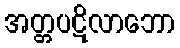
အတ္တပဋိလာဘော